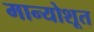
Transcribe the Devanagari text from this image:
मान्योशूत